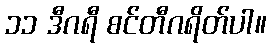
၁၁ ဒီဂရီ စင်တီဂရိတ်ပါ။